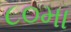
૮૦મા